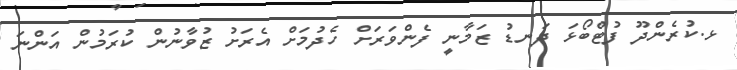
ޅ.ކުރެންދޫ ފުޓްބޯޅަ ދަނޑު ޒަމާނީ ފެންވަރަށް ހެދުމަށް އެރަށު ޒުވާނުން ކުރަމުން އަންނަ